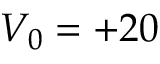
V _ { 0 } = + 2 0